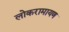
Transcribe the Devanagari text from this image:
लोकरामायण